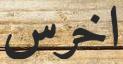
اخرس